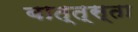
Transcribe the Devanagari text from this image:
बात्त्स्ता